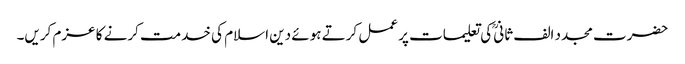
حضرت مجدد الف ثانیؒ کی تعلیمات پر عمل کرتے ہوئے دین اسلام کی خدمت کرنے کا عزم کریں۔